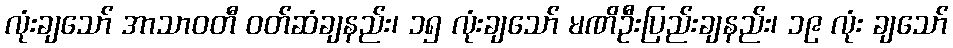
လုံးချသော် အာသာဝတီ ဝတ်ဆံချနည်း၊ ၁၅ လုံးချသော် မဏိဦးပြည်းချနည်း၊ ၁၉ လုံး ချသော်